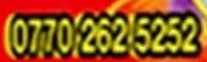
0770 262 5252